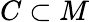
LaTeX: C\subset M